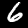
Label: 6